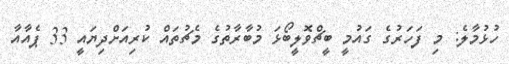
ހުޅުމާލެ: މި ފަހަރުގެ ގައުމީ ބީޗްވޮލީބޯޅަ މުބާރާތުގެ މެޗުތައް ކުރިއަށްދިޔައީ 33 ޕެއާއާ